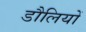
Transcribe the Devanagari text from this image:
डौलियों